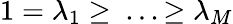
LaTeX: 1=\lambda_{1}\geq\ ...\geq\lambda_{M}